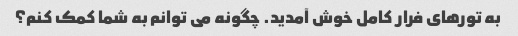
به تورهای فرار کامل خوش آمدید. چگونه می توانم به شما کمک کنم؟